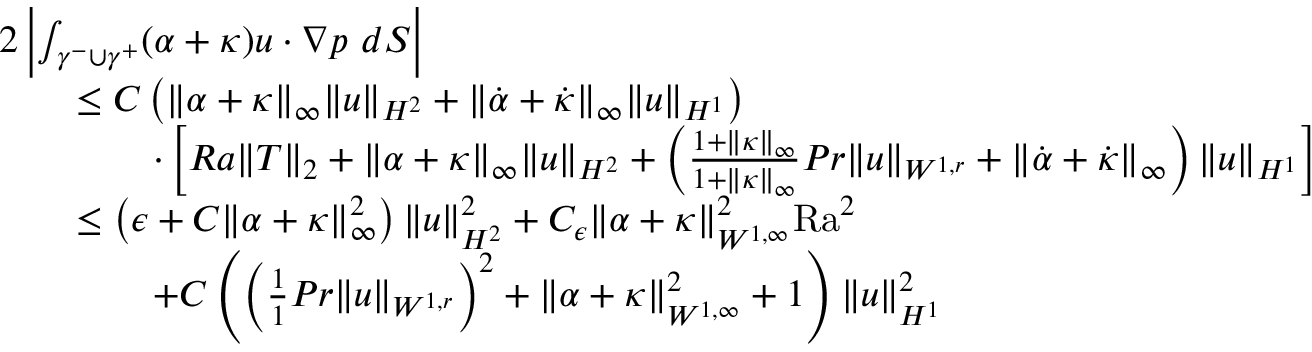
\begin{array} { r l } & { 2 \left| \int _ { \gamma ^ { - } \cup \gamma ^ { + } } ( \alpha + \kappa ) u \cdot \nabla p \ d S \right| } \\ & { \qquad \leq C \left( \| \alpha + \kappa \| _ { \infty } \| u \| _ { H ^ { 2 } } + \| \dot { \alpha } + \dot { \kappa } \| _ { \infty } \| u \| _ { H ^ { 1 } } \right) } \\ & { \qquad \qquad \cdot \left[ R a \| T \| _ { 2 } + \| \alpha + \kappa \| _ { \infty } \| u \| _ { H ^ { 2 } } + \left( \frac { 1 + \| \kappa \| _ { \infty } } { 1 + \| \kappa \| _ { \infty } } { { P r } } \| u \| _ { W ^ { 1 , r } } + \| \dot { \alpha } + \dot { \kappa } \| _ { \infty } \right) \| u \| _ { H ^ { 1 } } \right] } \\ & { \qquad \leq \left( \epsilon + C \| \alpha + \kappa \| _ { \infty } ^ { 2 } \right) \| u \| _ { H ^ { 2 } } ^ { 2 } + C _ { \epsilon } \| \alpha + \kappa \| _ { W ^ { 1 , \infty } } ^ { 2 } { \mathrm { R a } } ^ { 2 } } \\ & { \qquad \qquad + C \left( \left( \frac { 1 } { 1 } { { P r } } \| u \| _ { W ^ { 1 , r } } \right) ^ { 2 } + \| \alpha + \kappa \| _ { W ^ { 1 , \infty } } ^ { 2 } + 1 \right) \| u \| _ { H ^ { 1 } } ^ { 2 } } \end{array}